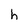
Character: h